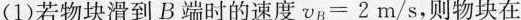
(1)若物块滑到B端时的速度$$v _ { B } = 2 m / s$$，则物块在